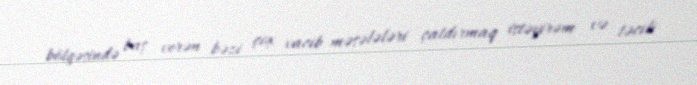
bölgəsində baş verən bəzi çox vacib məsələləri çatdırmaq istəyirəm və təcili